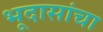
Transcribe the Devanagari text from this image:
भूदासांचा